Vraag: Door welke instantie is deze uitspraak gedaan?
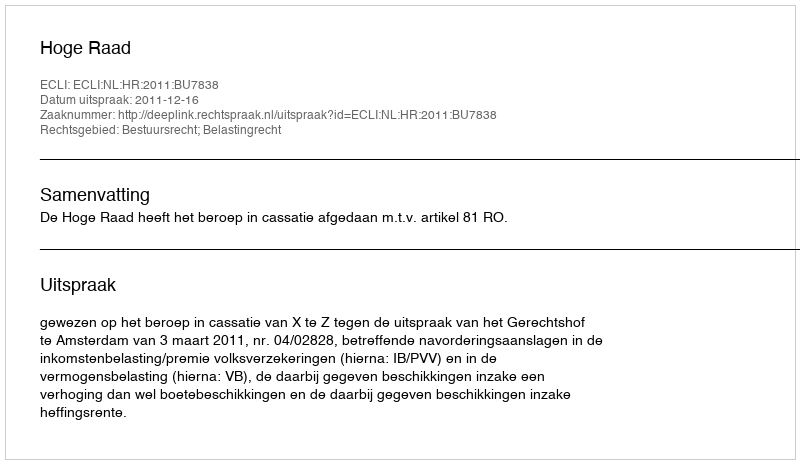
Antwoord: Hoge Raad